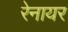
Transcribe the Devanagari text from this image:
रेनायर